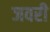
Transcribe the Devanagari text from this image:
जवरी